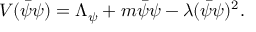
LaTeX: V ( \bar { \psi } \psi ) = \Lambda _ { \psi } + m \bar { \psi } { \psi } - \lambda ( \bar { \psi } \psi ) ^ { 2 } .